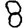
Digit: 8